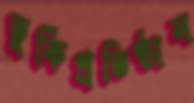
তুর্কিপ্রতিষ্ঠান